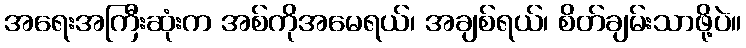
အရေးအကြီးဆုံးက အစ်ကိုအမေရယ်၊ အချစ်ရယ်၊ စိတ်ချမ်းသာဖို့ပဲ။